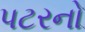
પટરનો